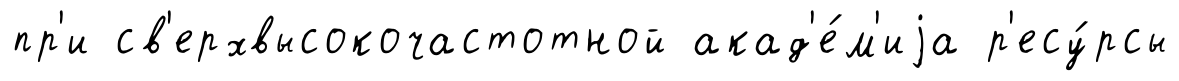
пр'и св'ерхвысокочастотной акад'е́м'иjа р'есу́рсы